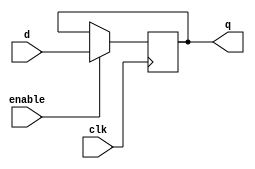
module ff(q, d, clk, enable);
/****************************
An Edge-Triggerred Flip-flop 
Written by H. Roumani, 2008.
****************************/
output q;
input d, clk, enable;
reg q;

always @ (posedge clk)
  if (enable) q <= d; 

endmodule